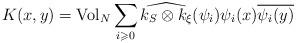
LaTeX: \begin{align*}K(x,y)= \mathrm{Vol}_N\sum_{i\geqslant 0} \widehat{k_S\otimes k_\xi}(\psi_i) \psi_i(x) \overline{\psi_i(y)}\end{align*}